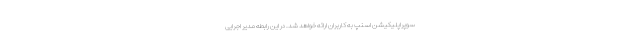
سوپر‌اپلیکیشن اسنپ به کاربران ارائه خواهد شد. در این رابطه مدیر اجرایی